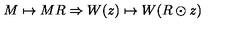
M \mapsto M R \Rightarrow W ( z ) \mapsto W ( R \odot z )